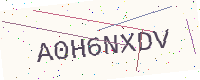
Text: A0H6NXDV